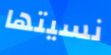
نسيتها